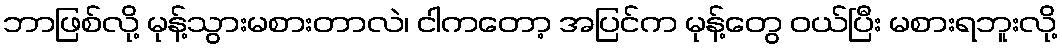
ဘာဖြစ်လို့ မုန့်သွားမစားတာလဲ၊ ငါကတော့ အပြင်က မုန့်တွေ ဝယ်ပြီး မစားရဘူးလို့